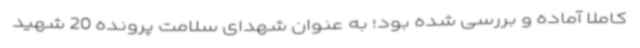
کاملاً آماده و بررسی شده بود؛ به عنوان شهدای سلامت پرونده 20 شهید